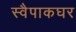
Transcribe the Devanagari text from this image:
स्वैपाकघर